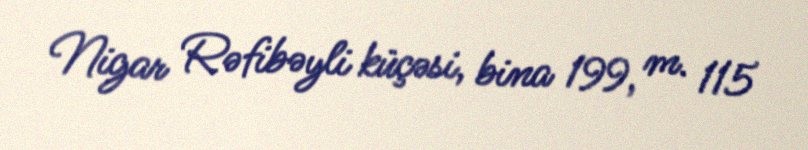
Nigar Rəfibəyli küçəsi, bina 199, m. 115